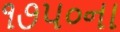
૧૭૫૦ના